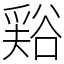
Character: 𧮾